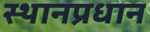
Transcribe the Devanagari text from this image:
स्थानप्रधान